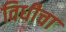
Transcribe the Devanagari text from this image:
विधीचा